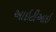
આઇટીઆઇ